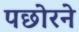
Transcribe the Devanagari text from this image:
पछोरने